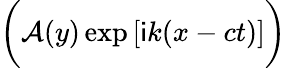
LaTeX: \biggl(\mathcal{A}(y)\exp{[\mathsf{i}k(x-ct)]}\biggr)